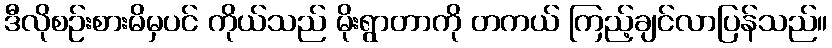
ဒီလိုစဉ်းစားမိမှပင် ကိုယ်သည် မိုးရွာတာကို တကယ် ကြည့်ချင်လာပြန်သည်။